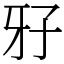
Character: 𤘅